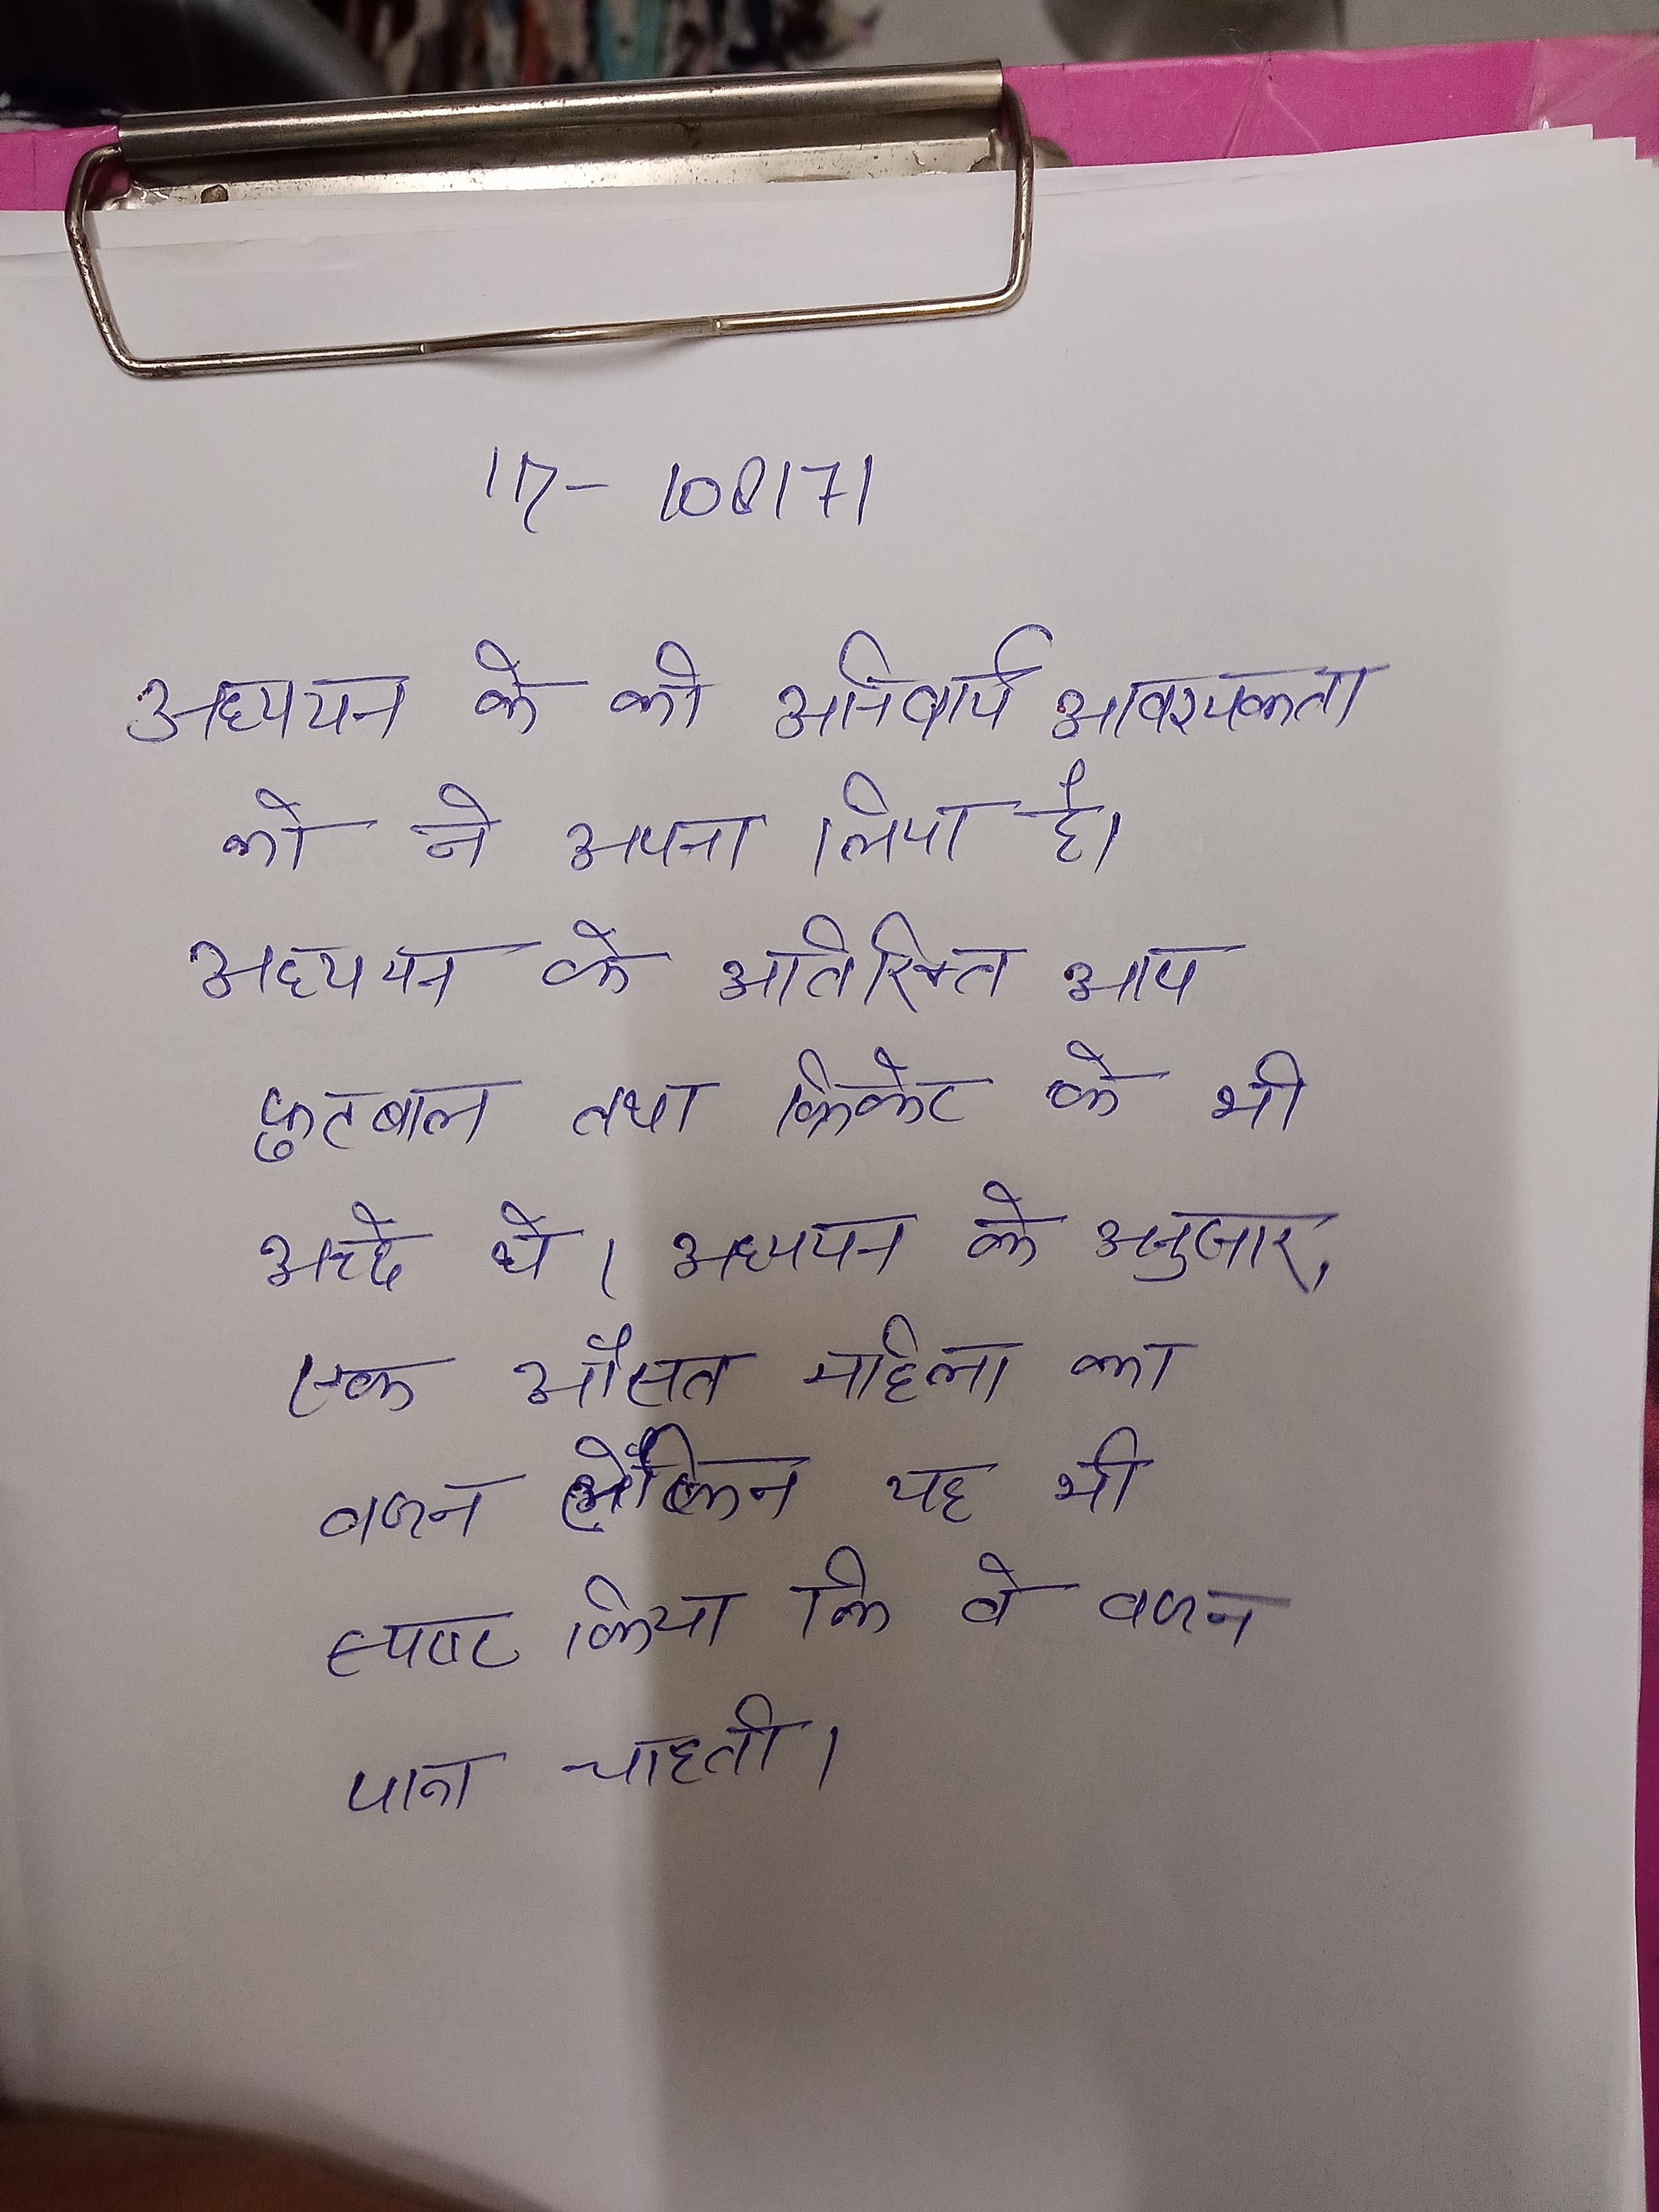
अध्ययन के की अनिवार्य आवश्यकता को ने अपना लिया है । अध्ययन के अतिरिक्त आप फुटबाल तथा क्रिकेट के भी अच्छे थे । अध्ययन के अनुसार, एक औसत महिला का वजन लेकिन यह भी स्पष्ट किया कि वे वजन पाना चाहती ।